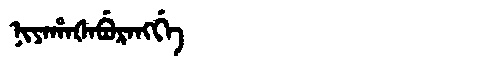
Manchu: ᠨᡳᠶᠠᡥᠠᡧᠠᠪᡠᡵᠠᠩᡤᡝ
Romanization: NIYAHAŠABURANGGE